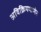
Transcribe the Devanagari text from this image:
अविक्रियमाणेन